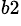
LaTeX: ^{b2}